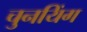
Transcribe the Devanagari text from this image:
चुनयिंग